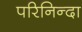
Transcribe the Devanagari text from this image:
परिनिन्दा